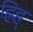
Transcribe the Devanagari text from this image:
ह्रिह्